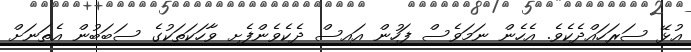
އުޅޭ ސަރަހައްދެކެވެ. އެހެން ނަމަވެސް ފަހުން އައިސް ދެކެވެންފެށި ވާހަކަތަކުގެ ސަބަބުން އެތަނަށް